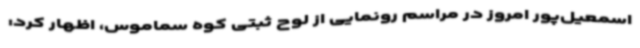
اسمعیل‌پور امروز در مراسم رونمایی از لوح ثبتی کوه سماموس، اظهار کرد: